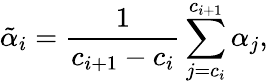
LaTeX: \tilde{\alpha}_{i}=\frac{1}{c_{i+1}-c_{i}}\sum_{j=c_{i}}^{c_{i+1}}{\alpha_{j}},